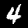
Digit: 4